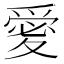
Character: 𭐫